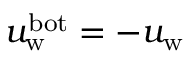
u _ { \mathrm { w } } ^ { \mathrm { b o t } } = - u _ { \mathrm { w } }